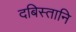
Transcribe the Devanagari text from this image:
दबिस्तानि